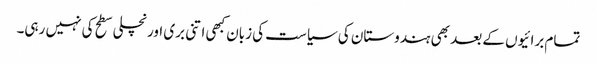
تمام برائیوں کے بعد بھی ہندوستان کی سیاست کی زبان کبھی اتنی بری اور نچلی سطح کی نہیں رہی۔